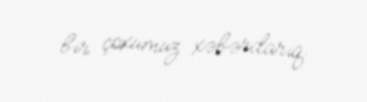
bir çoxumuz xəbərdarıq.